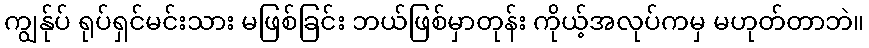
ကျွန်ုပ် ရုပ်ရှင်မင်းသား မဖြစ်ခြင်း ဘယ်ဖြစ်မှာတုန်း ကိုယ့်အလုပ်ကမှ မဟုတ်တာဘဲ။